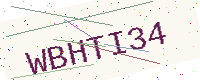
Text: WBHTI34